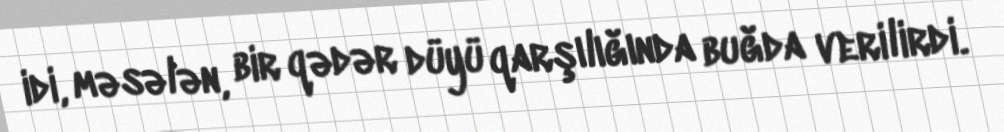
idi, məsələn, bir qədər düyü qarşılığında buğda verilirdi.